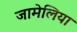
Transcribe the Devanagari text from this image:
जामेलिया